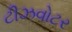
ટીઝવોટર